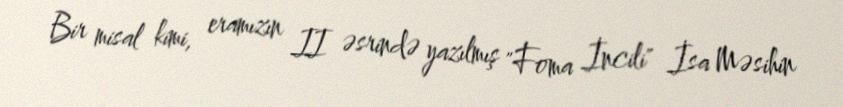
Bir misal kimi, eramızın II əsrində yazılmış "Foma İncili" İsa Məsihin